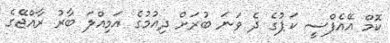
ކޮމް އޭއެފްސީ ކަޕުގެ ދެ ވަނަ ބުރަށް ދިއުމުގެ އަމިއްލަ ބާރު ރާއްޖޭގެ